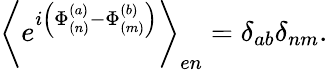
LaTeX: \left\langle e^{i\left(\Phi_{(n)}^{(a)}-\Phi_{(m)}^{(b)}\right)}\right\rangle_{en}=\delta_{ab}\delta_{nm}.